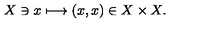
X \ni x \longmapsto ( x , x ) \in X \times X .